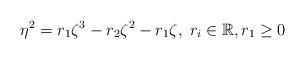
LaTeX: \begin{align*}\eta^2= r_1\zeta^3- r_2\zeta^2-r_1\zeta, \;r_i\in \mathbb{R}, r_1\ge 0 \end{align*}